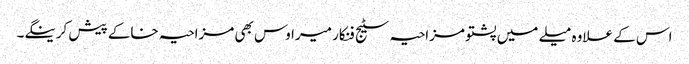
اس کے علاوہ میلے میں پشتو مزاحیہ سٹیج فنکار میراوس بھی مزاحیہ خاکے پیش کرینگے۔